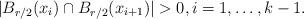
LaTeX: \begin{align*}|B_{r/2}(x_i)\cap B_{r/2}(x_{i+1})|>0,i=1,\dots, k-1.\end{align*}